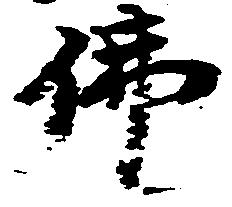
仏